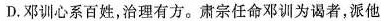
D. 邓训心系百姓，治理有方。肃宗任命邓训为谒者，派他